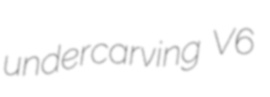
undercarving V6